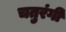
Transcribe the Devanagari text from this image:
चतुरंगी